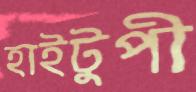
হাইটুপী